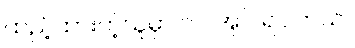
ထည့်ထားတဲ့သူမှာ ၁၀ အုပ် ရပါတယ်။